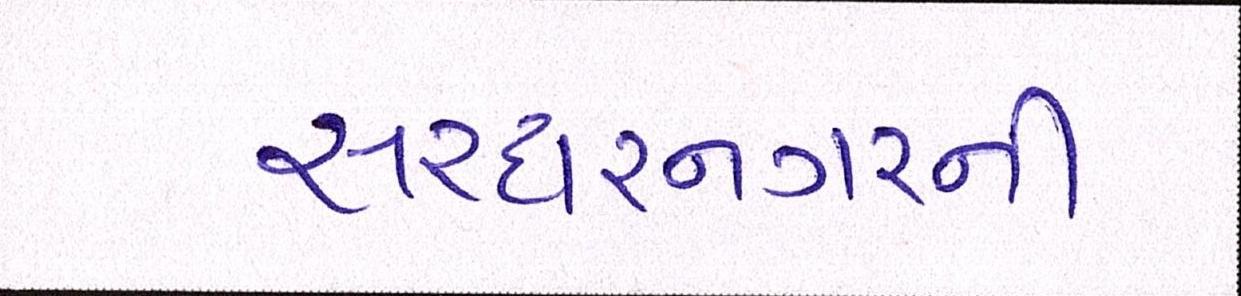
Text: સરદારનગરની